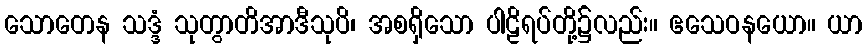
သောတေန သဒ္ဒံ သုတွာတိအာဒီသုပိ၊ အစရှိသော ပါဠိရပ်တို့၌လည်း။ ဧသေဝနယော။ ယာ